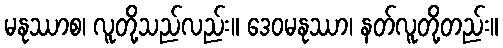
မနုဿာစ၊ လူတို့သည်လည်း။ ဒေဝမနုဿာ၊ နတ်လူတို့တည်း။